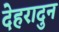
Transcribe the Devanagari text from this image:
देहरादुन